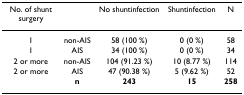
| No. of shunt surgery |  | No shuntinfection | Shuntinfection | N |
 | --- | --- | --- | --- | --- |
 | 1 | non-AIS | 58 (100 %) | 0 (0 %) | 58 |
 | 1 | AIS | 34 (100 %) | 0 (0 %) | 34 |
 | 2 or more | non-AIS | 104 (91.23 %) | 10 (8.77 %) | 114 |
 | 2 or more | AIS | 47 (90.38 %) | 5 (9.62 %) | 52 |
 |  | n | 243 | 15 | 258 |